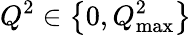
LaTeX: Q^{2}\in\left\{ 0,Q_{\mathrm{max}}^{2}\right\}